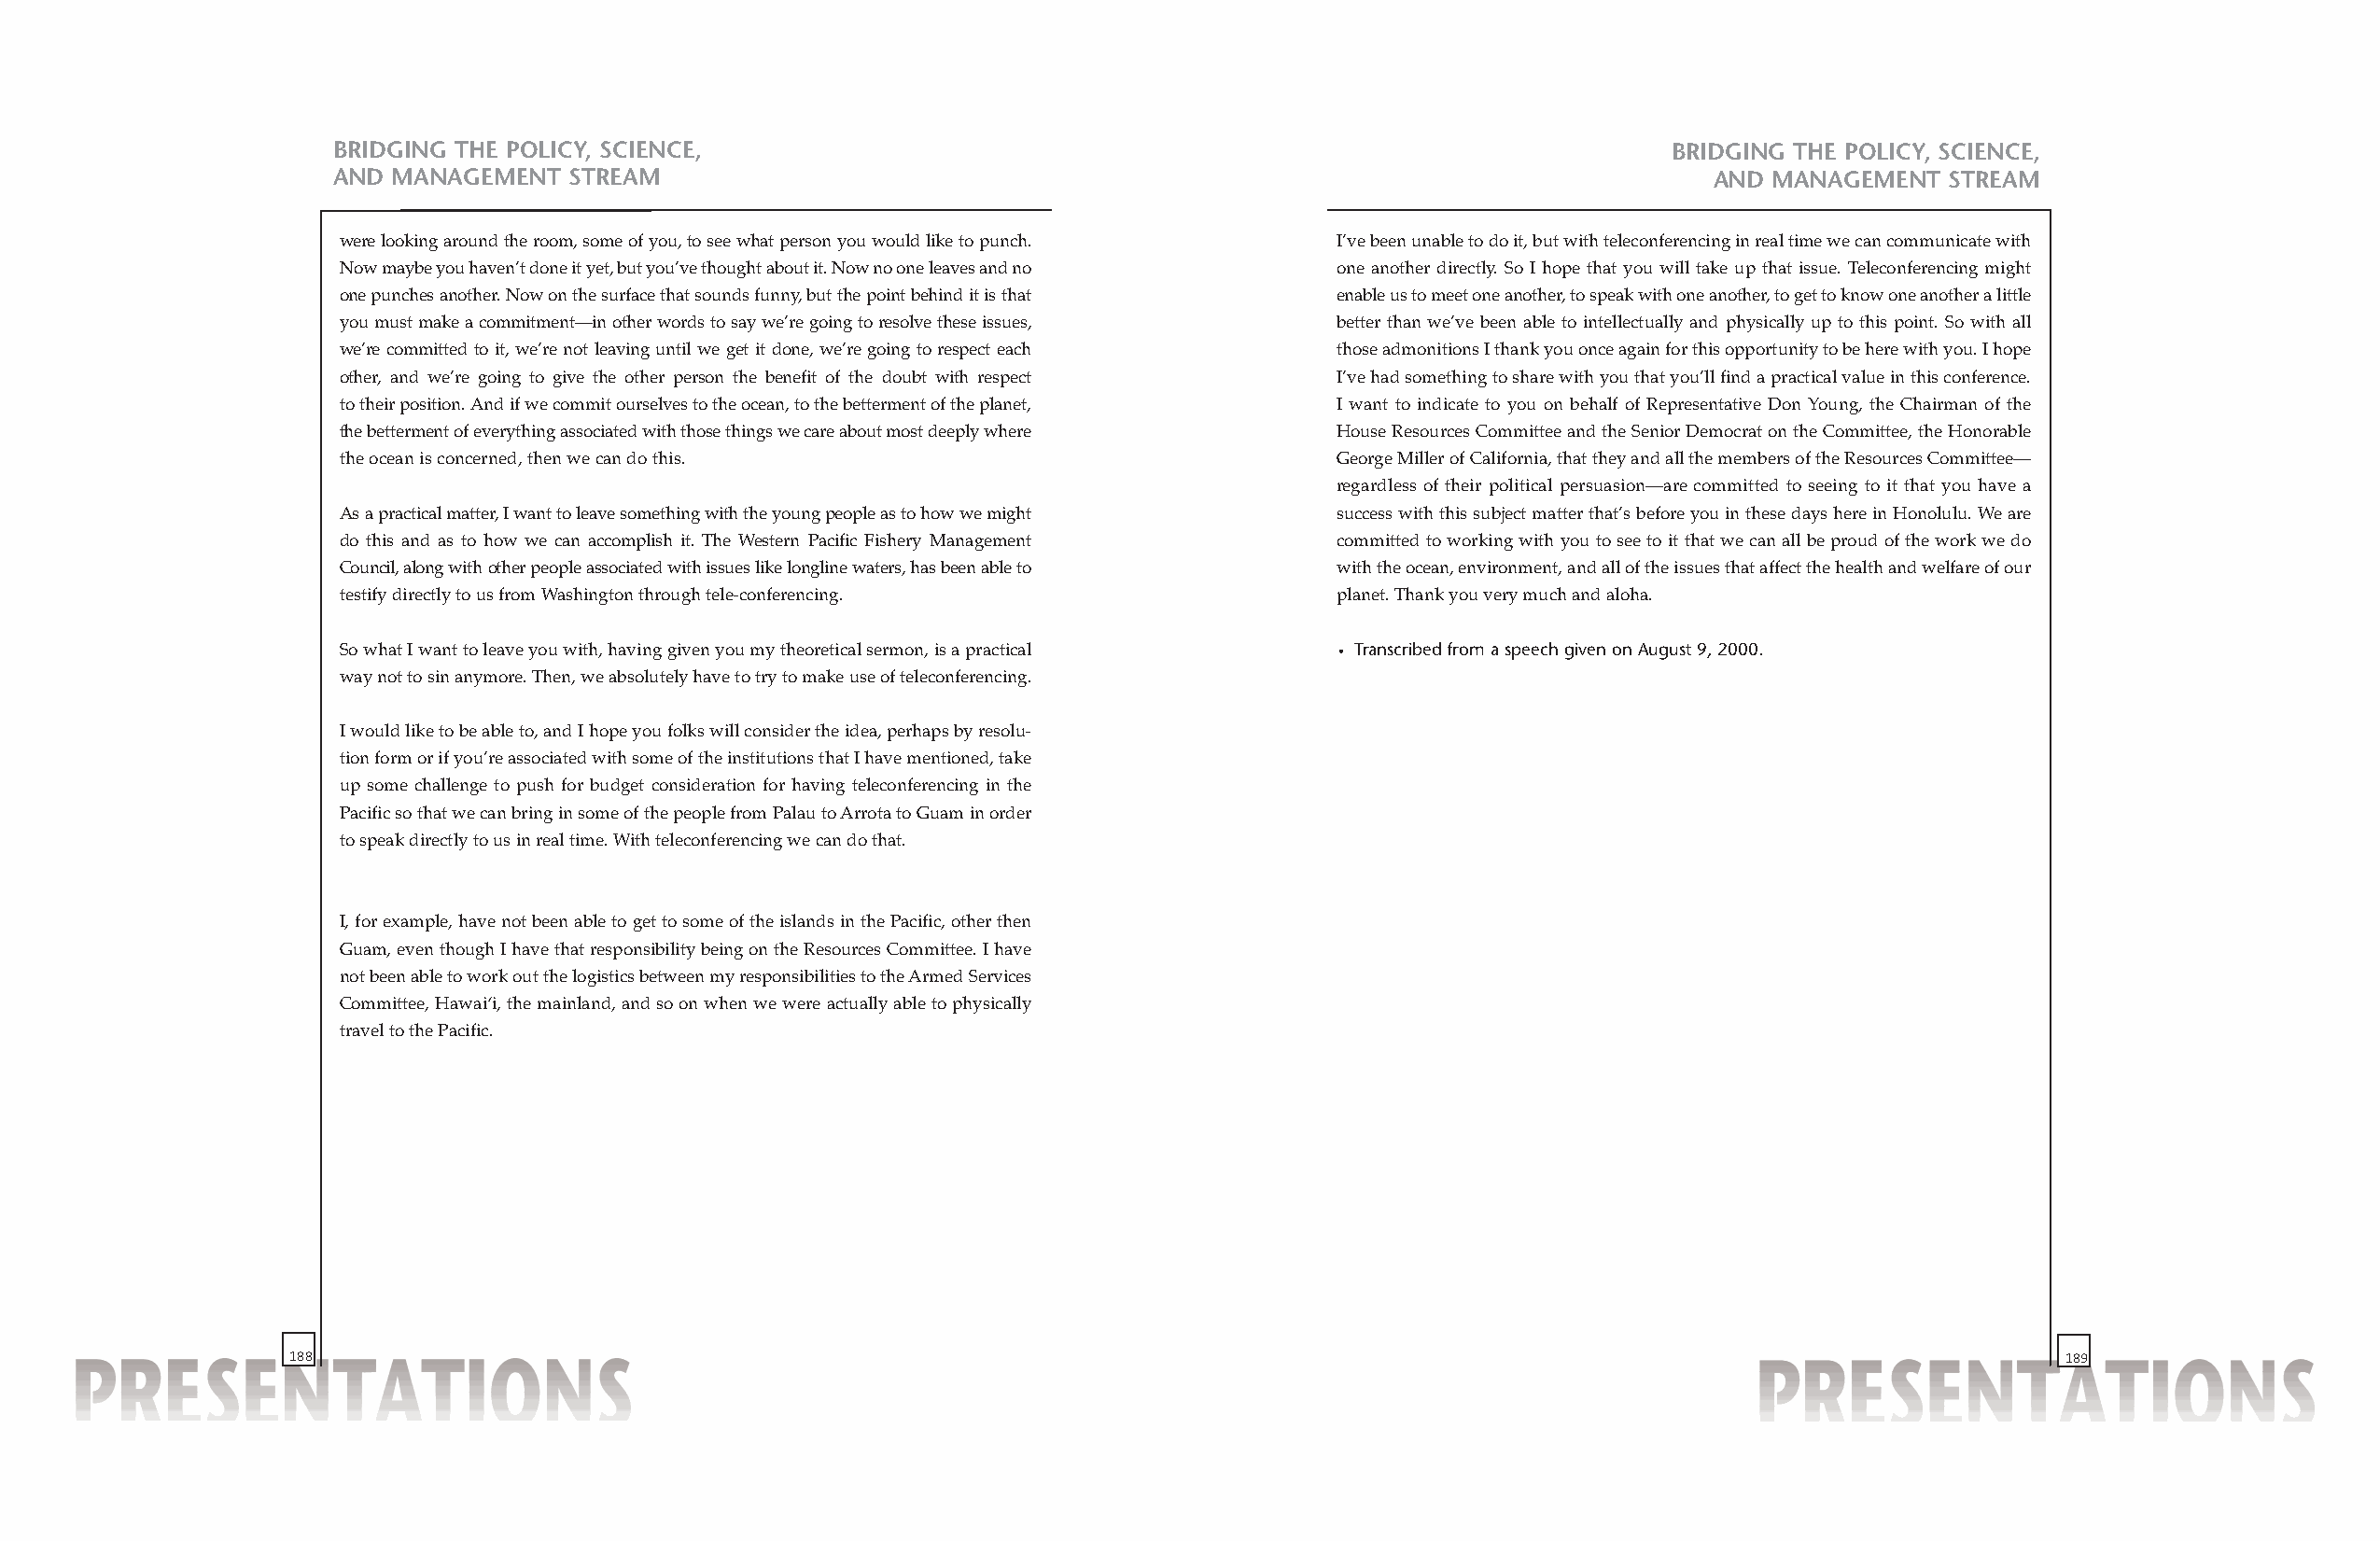
BRIDGING THE POLICY, SCIENCE,                                                                  BRIDGING THE POLICY, SCIENCE,
 AND MANAGEMENT  STREAM                                                                            AND MANAGEMENT  STREAM
 were looking around the room, some of you, to see what person you would like to punch. I’ve been unable to do it, but with teleconferencing in real time we can communicate with
 Now maybe you haven’t done it yet, but you’ve thought about it. Now no one leaves and no one another directly. So I hope that you will take up that issue. Teleconferencing might
 one punches another. Now on the surface that sounds funny, but the point behind it is that enable us to meet one another, to speak with one another, to get to know one another a little
 you must make a commitment—in other words to say we’re going to resolve these issues, better than we’ve been able to intellectually and physically up to this point. So with all
 we’re committed to it, we’re not leaving until we get it done, we’re going to respect each those admonitions I thank you once again for this opportunity to be here with you. I hope
 other, and we’re going to give the other person the benefit of the doubt with respect I’ve had something to share with you that you’ll find a practical value in this conference.
 to their position. And if we commit ourselves to the ocean, to the betterment of the planet, I want to indicate to you on behalf of Representative Don Young, the Chairman of the
 the betterment of everythingassociated with those things we care about most deeply where House Resources Committee and the Senior Democrat on the Committee, the Honorable
 the ocean is concerned, then we can do this.                           George Miller of California, that they and all the members of the Resources Committee—
 regardless of their political persuasion—are committed to seeing to it that you have a
 As a practical matter, I want to leave something with the young people as to how we might success with this subject matter that’s before you in these days here in Honolulu. We are
 do this and as to how we can accomplish it. The Western Pacific Fishery Management committed to working with you to see to it that we can all be proud of the work we do
 Council, along with other peopleassociated with issues like longline waters, has been able to with the ocean, environment, and all of the issues that affect the health and welfare of our
 testify directly to us from Washington through tele-conferencing.      planet. Thank you very much and aloha.
 So what I want to leave you with, having given you my theoretical sermon, is a practical • Transcribed from a speech given on August 9, 2000.
 way not to sin anymore. Then, we absolutely have to try to make use of teleconferencing.
 I would like to be able to, and I hope you folks will consider the idea, perhaps by resolu-
 tion form or if you’re associated with some of the institutions that I have mentioned, take
 up some challenge to push for budget consideration for having teleconferencing in the
 Pacific so that we can bring in some of the people from Palau to Arrota to Guam in order
 to speak directly to us in real time. With teleconferencing we can do that.
 I, for example, have not been able to get to some of the islands in the Pacific, other then
 Guam, even though I have that responsibility being on the Resources Committee. I have
 not been able to work out the logistics between my responsibilities to the Armed Services
 Committee, Hawai‘i, the mainland, and so on when we were actually able to physically
 travel to the Pacific.
 188                                                                                                                           189